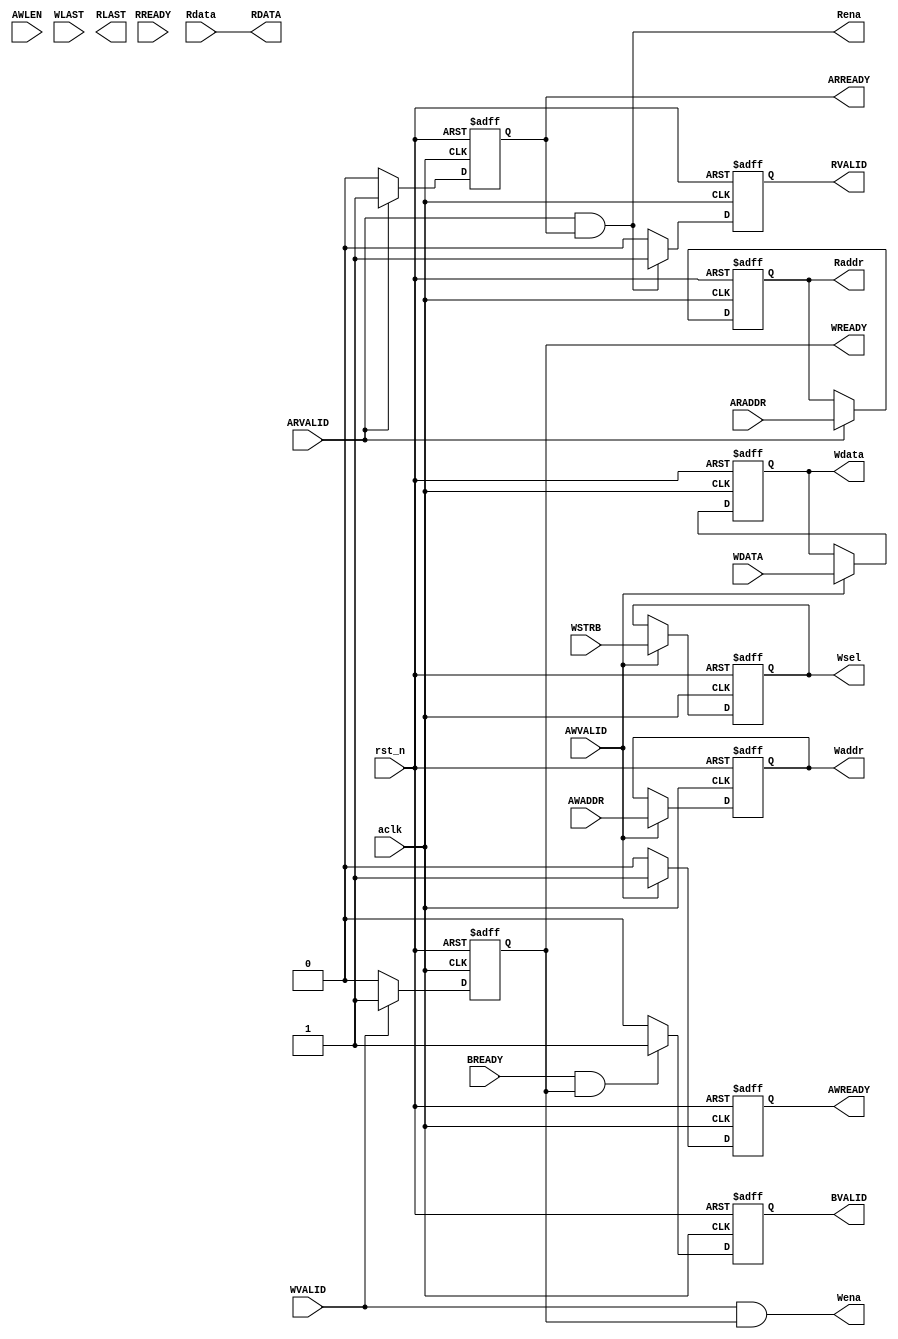
module axi_slave #(
    parameter ADDR_WIDTH = 64,
              DATA_WIDTH = 64,
              ADDR_SEL   = 8
) (
    // Gobal signal
    input wire                      aclk,
    input wire                      rst_n,
    // Write address
    input wire [ADDR_WIDTH-1:0]     AWADDR,
    input wire                      AWLEN,
    input wire                      AWVALID,
    output reg                      AWREADY,
    // Write data
    input wire                      WVALID,
    input wire                      WLAST,
    input wire [DATA_WIDTH-1:0]     WDATA,
    input wire [ADDR_SEL-1:0]       WSTRB,
    output reg                      WREADY,
    // Write respones
    input wire                      BREADY,
    output reg                      BVALID,
    // Read addrsess
    input wire [ADDR_WIDTH-1:0]     ARADDR,
    input wire                      ARVALID,
    output reg                      ARREADY,
    // Read data
    input wire                      RREADY,
    output reg                      RLAST,
    output reg                      RVALID,
    output wire [DATA_WIDTH-1:0]     RDATA,

    output reg [ADDR_WIDTH-1:0]    Waddr,
    output wire [DATA_WIDTH-1:0]    Wdata,
    output wire                     Wena,
    output wire [ADDR_SEL-1:0]      Wsel,
    output reg [ADDR_WIDTH-1:0]    Raddr,
    output wire                     Rena,
    input wire [DATA_WIDTH-1:0]     Rdata
);



    // Write address
    always @(posedge aclk or negedge rst_n ) begin
        if(!rst_n) begin
            AWREADY <= 1'b0;
        end else begin
            //if(AWVALID && !AWREADY)begin
            if(AWVALID )begin
                AWREADY <= 1'b1;
            end else begin
                AWREADY <= 1'b0;
            end
        end
    end

    reg [ADDR_WIDTH-1:0]    addr_w;
    reg [DATA_WIDTH-1:0]    data_w;
    reg [ADDR_SEL-1:0]      sel_w;
    always @(posedge aclk or negedge rst_n ) begin
        if(!rst_n) begin
            addr_w <= 'd0;
            data_w <= 'd0;
            sel_w  <= 'd0;
        end else begin
            if(AWVALID)begin
                addr_w <= AWADDR;
                data_w <= WDATA;
                sel_w  <= WSTRB;
            end else begin
                addr_w <= addr_w;
                data_w <= data_w;
                sel_w  <= sel_w;
            end
        end
    end
    // awlen?
    // Write data
    always @(posedge aclk or negedge rst_n ) begin
        if(!rst_n) begin
            WREADY <= 1'b0;
        end else begin
            //if(WVALID && !WREADY)begin
            if(WVALID )begin
                WREADY <= 1'b1;
            end else begin
                WREADY <= 1'b0;
            end
        end
    end

    /*
    reg [63:0]rams[0:15];
    always @(posedge aclk or negedge rst_n ) begin
        if(WVALID && WREADY) begin
            rams[addr_w] <= data_w;
            //rams[AWADDR] <= WDATA;
        end
    end
    */

    // Write response
    always @(posedge aclk or negedge rst_n ) begin
        if(!rst_n) begin
            BVALID <= 1'b0;
        end else begin
            //if(BREADY && !BVALID)begin
            if(BREADY && WREADY)begin
                BVALID <= 1'b1;
            end else begin
                BVALID <= 1'b0;
            end
        end
    end

    // Read address
    always @(posedge aclk or negedge rst_n ) begin
        if(!rst_n) begin
            ARREADY <= 1'b0;
        end else begin
            if(ARVALID)begin
                ARREADY <= 1'b1;
            end else begin
                ARREADY <= 1'b0;
            end
        end
    end

    // Read data
    always @(posedge aclk or negedge rst_n ) begin
        if(!rst_n)begin
            RVALID <= 1'b0;
        end else begin
            if(ARVALID && ARREADY) begin
                RVALID <= 1'b1;
            end else begin
                RVALID <= 1'b0;
            end
        end
    end

    reg [ADDR_WIDTH-1:0]addr_r;
    always @(posedge aclk or negedge rst_n ) begin
        if(!rst_n) begin
            addr_r <= 'd0;
        end else begin
            if(ARVALID)begin
                addr_r <= ARADDR;
            end else begin
                addr_r <= addr_r;
            end
        end
    end
    /*
    always @(posedge aclk or negedge rst_n ) begin
        if(ARVALID && ARREADY)
            RDATA <= rams[ARADDR];
    end 
    */
    always @(*) begin
        Waddr = addr_w;
    end
    //assign Waddr = addr_w;
    assign Wdata = data_w;
    assign Wena  = (WVALID && WREADY);
    assign Wsel  = sel_w;
    always @(*) begin
        Raddr = addr_r;
    end
    //assign Raddr = addr_r;
    assign RDATA = Rdata;
    /*
    always @(posedge aclk or negedge rst_n ) begin
        if(!rst_n)
            Rena <= 1'b0;
        else
            Rena <= (ARVALID && ARREADY);
    end */
    assign Rena  = (ARVALID && ARREADY);
endmodule